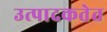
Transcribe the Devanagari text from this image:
उत्पादकतेत